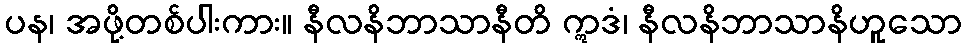
ပန၊ အဖို့တစ်ပါးကား။ နီလနိဘာသာနီတိ ဣဒံ၊ နီလနိဘာသာနိဟူသော